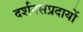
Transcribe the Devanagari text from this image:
दर्शनसंप्रदायों